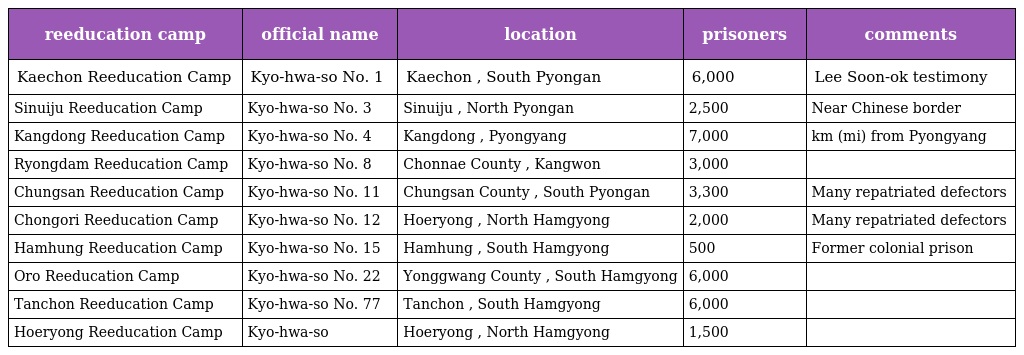
| reeducation camp | official name | location | prisoners | comments |
 | --- | --- | --- | --- | --- |
 | Kaechon Reeducation Camp | Kyo-hwa-so No. 1 | Kaechon , South Pyongan | 6,000 | Lee Soon-ok testimony |
 | Sinuiju Reeducation Camp | Kyo-hwa-so No. 3 | Sinuiju , North Pyongan | 2,500 | Near Chinese border |
 | Kangdong Reeducation Camp | Kyo-hwa-so No. 4 | Kangdong , Pyongyang | 7,000 | km (mi) from Pyongyang |
 | Ryongdam Reeducation Camp | Kyo-hwa-so No. 8 | Chonnae County , Kangwon | 3,000 |  |
 | Chungsan Reeducation Camp | Kyo-hwa-so No. 11 | Chungsan County , South Pyongan | 3,300 | Many repatriated defectors |
 | Chongori Reeducation Camp | Kyo-hwa-so No. 12 | Hoeryong , North Hamgyong | 2,000 | Many repatriated defectors |
 | Hamhung Reeducation Camp | Kyo-hwa-so No. 15 | Hamhung , South Hamgyong | 500 | Former colonial prison |
 | Oro Reeducation Camp | Kyo-hwa-so No. 22 | Yonggwang County , South Hamgyong | 6,000 |  |
 | Tanchon Reeducation Camp | Kyo-hwa-so No. 77 | Tanchon , South Hamgyong | 6,000 |  |
 | Hoeryong Reeducation Camp | Kyo-hwa-so | Hoeryong , North Hamgyong | 1,500 |  |